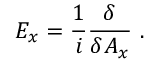
E _ { x } = \frac { 1 } { i } \frac { \delta } { \delta A _ { x } } \ .